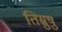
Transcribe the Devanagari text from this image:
तिस्रुषु